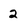
Character: 2